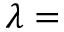
\lambda =